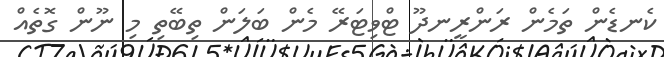
ކެނޑެން ތަމެން ރަންރީނދޫ ޓްވިޓަރޭ މެން ބަލަން ތިބޭތި މި ނޫން ގޮތެއް